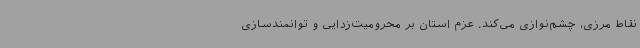
نقاط مرزی، چشم‌نوازی می‌کند. عزم استان بر محرومیت‌زدایی و توانمندسازی